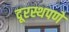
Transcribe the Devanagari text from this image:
दूरस्थपणे